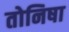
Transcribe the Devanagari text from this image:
तोनिषा